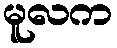
မူလက